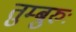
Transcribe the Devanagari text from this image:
तुम्बुरुः